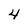
Character: 4